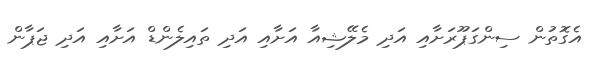
އެގޮތުން ސިންގަޕޫރަށާއި އަދި މެލޭޝިއާ އަށާއި އަދި ތައިލެންޑް އަށާއި އަދި ޖަޕާން